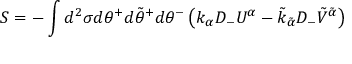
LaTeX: S = - \int d ^ { 2 } \sigma d \theta ^ { + } d \tilde { \theta } ^ { + } d \theta ^ { - } \left( k _ { \alpha } D _ { - } U ^ { \alpha } - \tilde { k } _ { \tilde { \alpha } } D _ { - } \tilde { V } ^ { \tilde { \alpha } } \right)